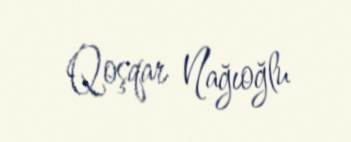
Qoşqar Nağıoğlu